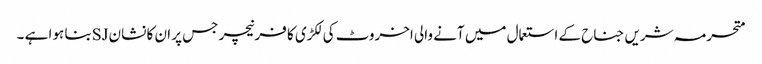
متحرمہ شریں جناح کے استعمال میں آنے والی اخروٹ کی لکڑی کا فرنیچر جس پر ان کا نشان SJبنا ہوا ہے ۔